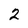
Character: 2